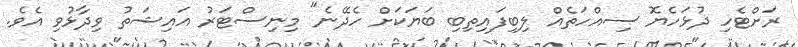
ރަށްޓެހި ދުޅަހެޔޮ ސިއްހަތެއް ލިބިފައިތިބި ބަޔަކަށް ހެދޭނެ" މިނިސްޓަރު އައިޝަތު ވިދާޅުވި އެވެ.